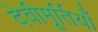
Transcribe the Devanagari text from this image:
देवीमूर्तियाँ